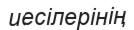
иесілерінің